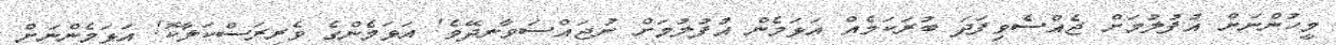
މީހުންނަށް އުފުލުމަށް ޖެއްސެވިފަދަ ބުރަކަމެއް އަޅަމެން އުފުލުމަށް ނުޖައްސަވާނދޭވެ! އަޅަމެންގެ ވެރިރަސްކަލާކޮ! އަޅަމެންނަށް